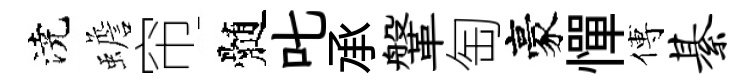
澆蟾帘髄叱承鞶匋豪憚傅綦